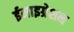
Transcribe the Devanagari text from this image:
ईमाइग्रेशन